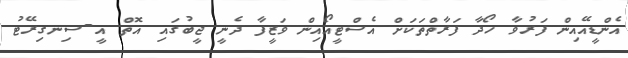
އެންޑީއޭއިން ފަރުވާ ހޯދާ ފަރާތްތަކަށް އެސްޓީއޯއިން ވަޒީފާ ދެނީ ޖީބުގައި އޮތް އީ-ސިނގިރޭޓު